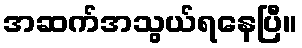
အဆက်အသွယ်ရနေပြီ။